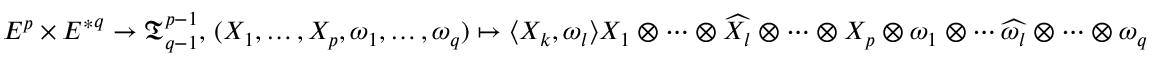
E ^ { p } \times { E ^ { * } } ^ { q } \to { \mathfrak { T } } _ { q - 1 } ^ { p - 1 } , \, ( X _ { 1 } , \dots , X _ { p } , \omega _ { 1 } , \dots , \omega _ { q } ) \mapsto \langle X _ { k } , \omega _ { l } \rangle X _ { 1 } \otimes \cdots \otimes { \widehat { X _ { l } } } \otimes \cdots \otimes X _ { p } \otimes \omega _ { 1 } \otimes \cdots { \widehat { \omega _ { l } } } \otimes \cdots \otimes \omega _ { q }